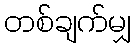
တစ်ချက်မျှ